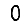
Digit: 0